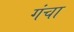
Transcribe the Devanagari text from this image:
गंचा